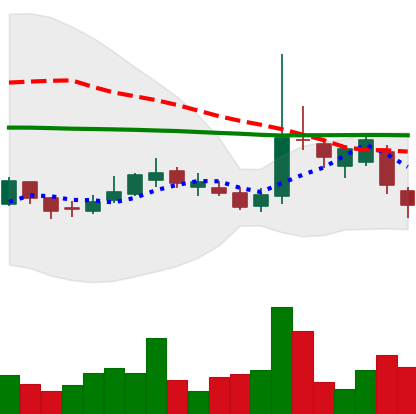
Ticker: LTC-USD
Chart end date: 2017-03-08
Forward return: 10.449%
Label: up_7plus